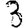
Digit: 3